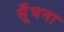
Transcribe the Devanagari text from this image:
सूँघना